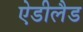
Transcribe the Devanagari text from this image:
ऐडीलैड